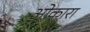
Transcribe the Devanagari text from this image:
ओकारा